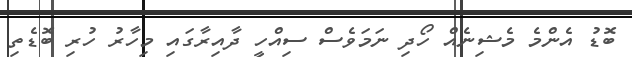
ބޮޑު އެންމެ މެޝިނެއް ހޯދި ނަމަވެސް ސިއްހީ ދާއިރާގައި މިހާރު ހުރި ބޮޑެތި